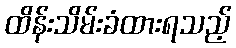
ထိန်းသိမ်းခံထားရသည့်